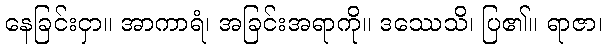
နေခြင်းငှာ။ အာကာရံ၊ အခြင်းအရာကို။ ဒဿေသိ၊ ပြ၏။ ရာဇာ၊